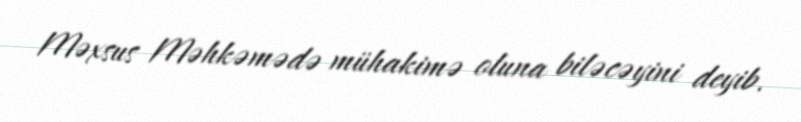
Məxsus Məhkəmədə mühakimə oluna biləcəyini deyib.